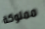
مملوكة